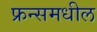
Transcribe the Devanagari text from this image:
फ्रन्समधील